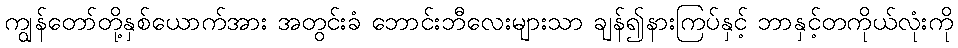
ကျွန်တော်တို့နှစ်ယောက်အား အတွင်းခံ ဘောင်းဘီလေးများသာ ချန်၍နားကြပ်နှင့် ဘာနှင့်တကိုယ်လုံးကို